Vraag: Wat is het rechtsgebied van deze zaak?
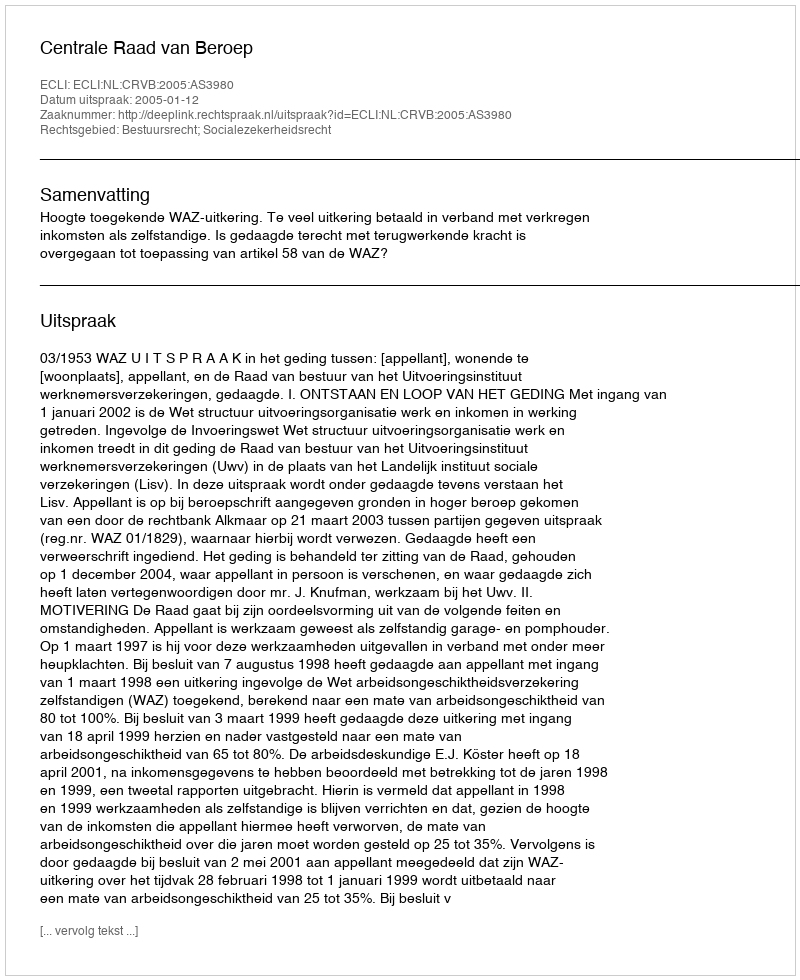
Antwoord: Bestuursrecht; Socialezekerheidsrecht